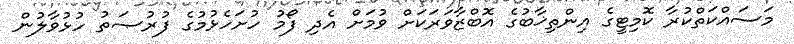
މަސައްކަތްކުރާ ކޮމިޓީގެ އިންތިޚާބުގެ އޮބްޒާވަރަކަށް ވުމަށް އެދި ފޯމު ހުށަހެޅުމުގެ ފުރުޞަތު ހުޅުވާލުން